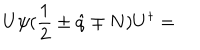
LaTeX: U \psi ( { \frac { 1 } { 2 } } \pm \hat { q } \mp N ) U ^ { \dagger } =